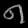
Digit: ၈